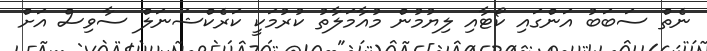
ނެތް ސަބަބު އަންގައި ކޯޓާއި ލިޔުމުން މުއާމަލާތު ކުރުމަކީ ކަރެކްޝަނަލް ސާވިސް އަށް